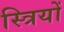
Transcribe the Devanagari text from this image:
स्‍त्रियों